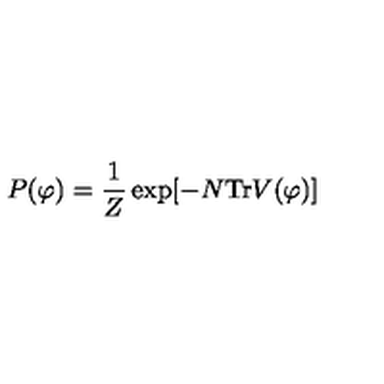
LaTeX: P ( \varphi ) = { \frac { 1 } { Z } } \exp [ - N \mathrm { T r } V ( \varphi ) ]